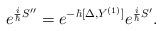
LaTeX: \begin{align*}e^{{i\over\hbar}S^{\prime\prime}}=e^{-\hbar[\Delta,Y^{(1)}]}e^{{i\over\hbar}S^\prime}.\end{align*}